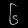
Digit: ၆